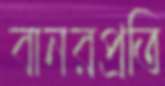
বানরপ্রতি